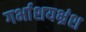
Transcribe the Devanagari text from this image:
गर्भाशयभ्रंश